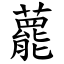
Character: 藣